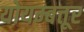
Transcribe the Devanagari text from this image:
योयम्बत्तूर